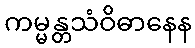
ကမ္မန္တသံဝိဓာနေန